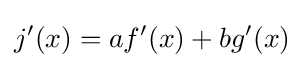
j^{\prime }(x)=af^{\prime }(x)+bg^{\prime }(x)